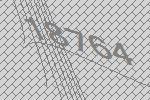
18764